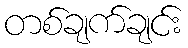
တစ်ချက်ချင်း